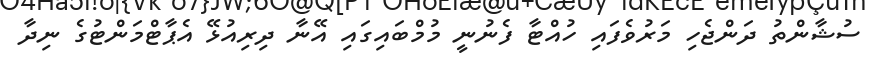
ސުޝާންތު ދަންޖެހި މަރުވެފައި ހުއްޓާ ފެނުނީ މުމްބައިގައި އޭނާ ދިރިއުޅޭ އެޕާޓްމަންޓުގެ ނިދާ